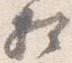
相